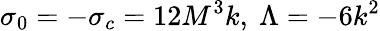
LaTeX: \sigma_{0}=-\sigma_{c}=12M^{3}k,~\Lambda=-6k^{2}